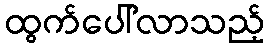
ထွက်ပေါ်လာသည့်